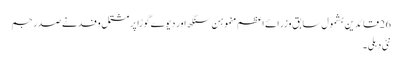
26 قائدین بشمول سابق وزرائے اعظم منموہن سنگھ اور دیوے گوڑا پر مشتمل وفد نے صدر جم
نئی دہلی ۔